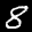
Label: 8